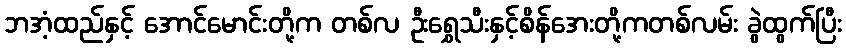
ဘအံ့ထည်နှင့် အောင်မောင်းတို့က တစ်လ ဦးရွှေသီးနှင့်စိန်အေးတို့ကတစ်လမ်း ခွဲထွက်ပြီး